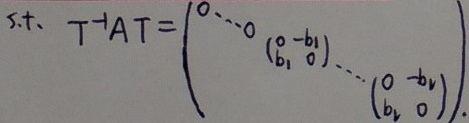
s.t. \(T^{-1}AT=\begin{pmatrix}
0&\cdots&0&\begin{pmatrix}0& -b_1\\b_1&0\end{pmatrix}&\cdots&\begin{pmatrix}0& -b_v\\b_v&0\end{pmatrix}
\end{pmatrix}\)